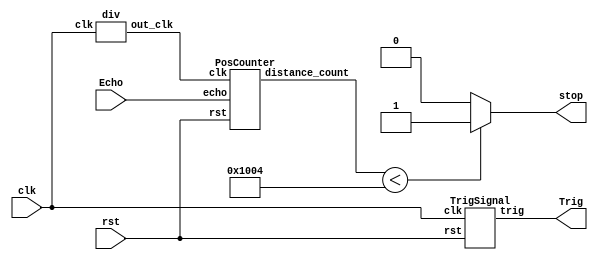
module sonic_top(clk, rst, Echo, Trig, stop);
	input clk, rst, Echo;
	output Trig, stop;

	wire[19:0] dis;
	wire[19:0] d;
    wire clk1M;
	wire clk_2_17;

    div clk1(clk ,clk1M); //0~50 -> 1, 51~100 -> 0.
	TrigSignal u1(.clk(clk), .rst(rst), .trig(Trig)); //trig signal -> set 10us -> send ultra sound (8 clk)
	PosCounter u2(.clk(clk1M), .rst(rst), .echo(Echo), .distance_count(dis)); // echo signal -> recv ultra sound

    // [TO-DO] calculate the right distance to trig stop(triggered when the distance is lower than 40 cm)
    // Hint: using "dis"
    assign stop = (dis < 4100) ? 1 : 0; //dis mm unit
 
endmodule

module PosCounter(clk, rst, echo, distance_count); 
    input clk, rst, echo;
    output[19:0] distance_count;

    parameter S0 = 2'b00;
    parameter S1 = 2'b01; 
    parameter S2 = 2'b10;
    
    wire start, finish;
    reg[1:0] curr_state, next_state;
    reg echo_reg1, echo_reg2;
    reg[19:0] count, next_count, distance_register, next_distance;
    wire[19:0] distance_count; 

    always@(posedge clk) begin
        if(rst) begin
            echo_reg1 <= 1'b0;
            echo_reg2 <= 1'b0;
            count <= 20'b0;
            distance_register <= 20'b0;
            curr_state <= S0;
        end
        else begin
            echo_reg1 <= echo;   
            echo_reg2 <= echo_reg1; 
            count <= next_count;
            distance_register <= next_distance;
            curr_state <= next_state;
        end
    end

    always @(*) begin
        case(curr_state)
            S0: begin
                next_distance = distance_register;
                if (start) begin
                    next_state = S1;
                    next_count = count;
                end else begin
                    next_state = curr_state;
                    next_count = 20'b0;
                end 
            end
            S1: begin
                next_distance = distance_register;
                if (finish) begin
                    next_state = S2;
                    next_count = count;
                end else begin
                    next_state = curr_state;
                    next_count = count + 1'b1;
                end 
            end
            S2: begin
                next_distance = count;
                next_count = 20'b0;
                next_state = S0;
            end
            default: begin
                next_distance = 20'b0;
                next_count = 20'b0;
                next_state = S0;
            end
        endcase
    end

    assign distance_count = distance_register * 20'd100 / 20'd58; 
    assign start = echo_reg1 & ~echo_reg2;  
    assign finish = ~echo_reg1 & echo_reg2; 
endmodule

module TrigSignal(clk, rst, trig);
    input clk, rst;
    output trig;

    reg trig, next_trig;
    reg[23:0] count, next_count;

    always @(posedge clk, posedge rst) begin
        if (rst) begin
            count <= 24'b0;
            trig <= 1'b0;
        end
        else begin
            count <= next_count;
            trig <= next_trig;
        end
    end

    always @(*) begin
        next_trig = trig;
        next_count = count + 1'b1;
        if(count == 24'd999)
            next_trig = 1'b0;
        else if(count == 24'd9999999) begin
            next_trig = 1'b1;
            next_count = 24'd0;
        end
    end
endmodule

module div(clk ,out_clk);
    input clk;
    output out_clk;
    reg out_clk;
    reg [6:0]cnt;
    
    always @(posedge clk) begin   
        if(cnt < 7'd50) begin
            cnt <= cnt + 1'b1;
            out_clk <= 1'b1;
        end 
        else if(cnt < 7'd100) begin
	        cnt <= cnt + 1'b1;
	        out_clk <= 1'b0;
        end
        else if(cnt == 7'd100) begin
            cnt <= 7'b0;
            out_clk <= 1'b1;
        end
        else begin 
            cnt <= 7'b0;
            out_clk <= 1'b1;
        end
    end
endmodule